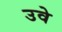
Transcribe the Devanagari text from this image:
उवे